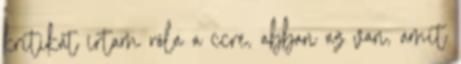
kritikát írtam róla a ccre, abban az van, amit